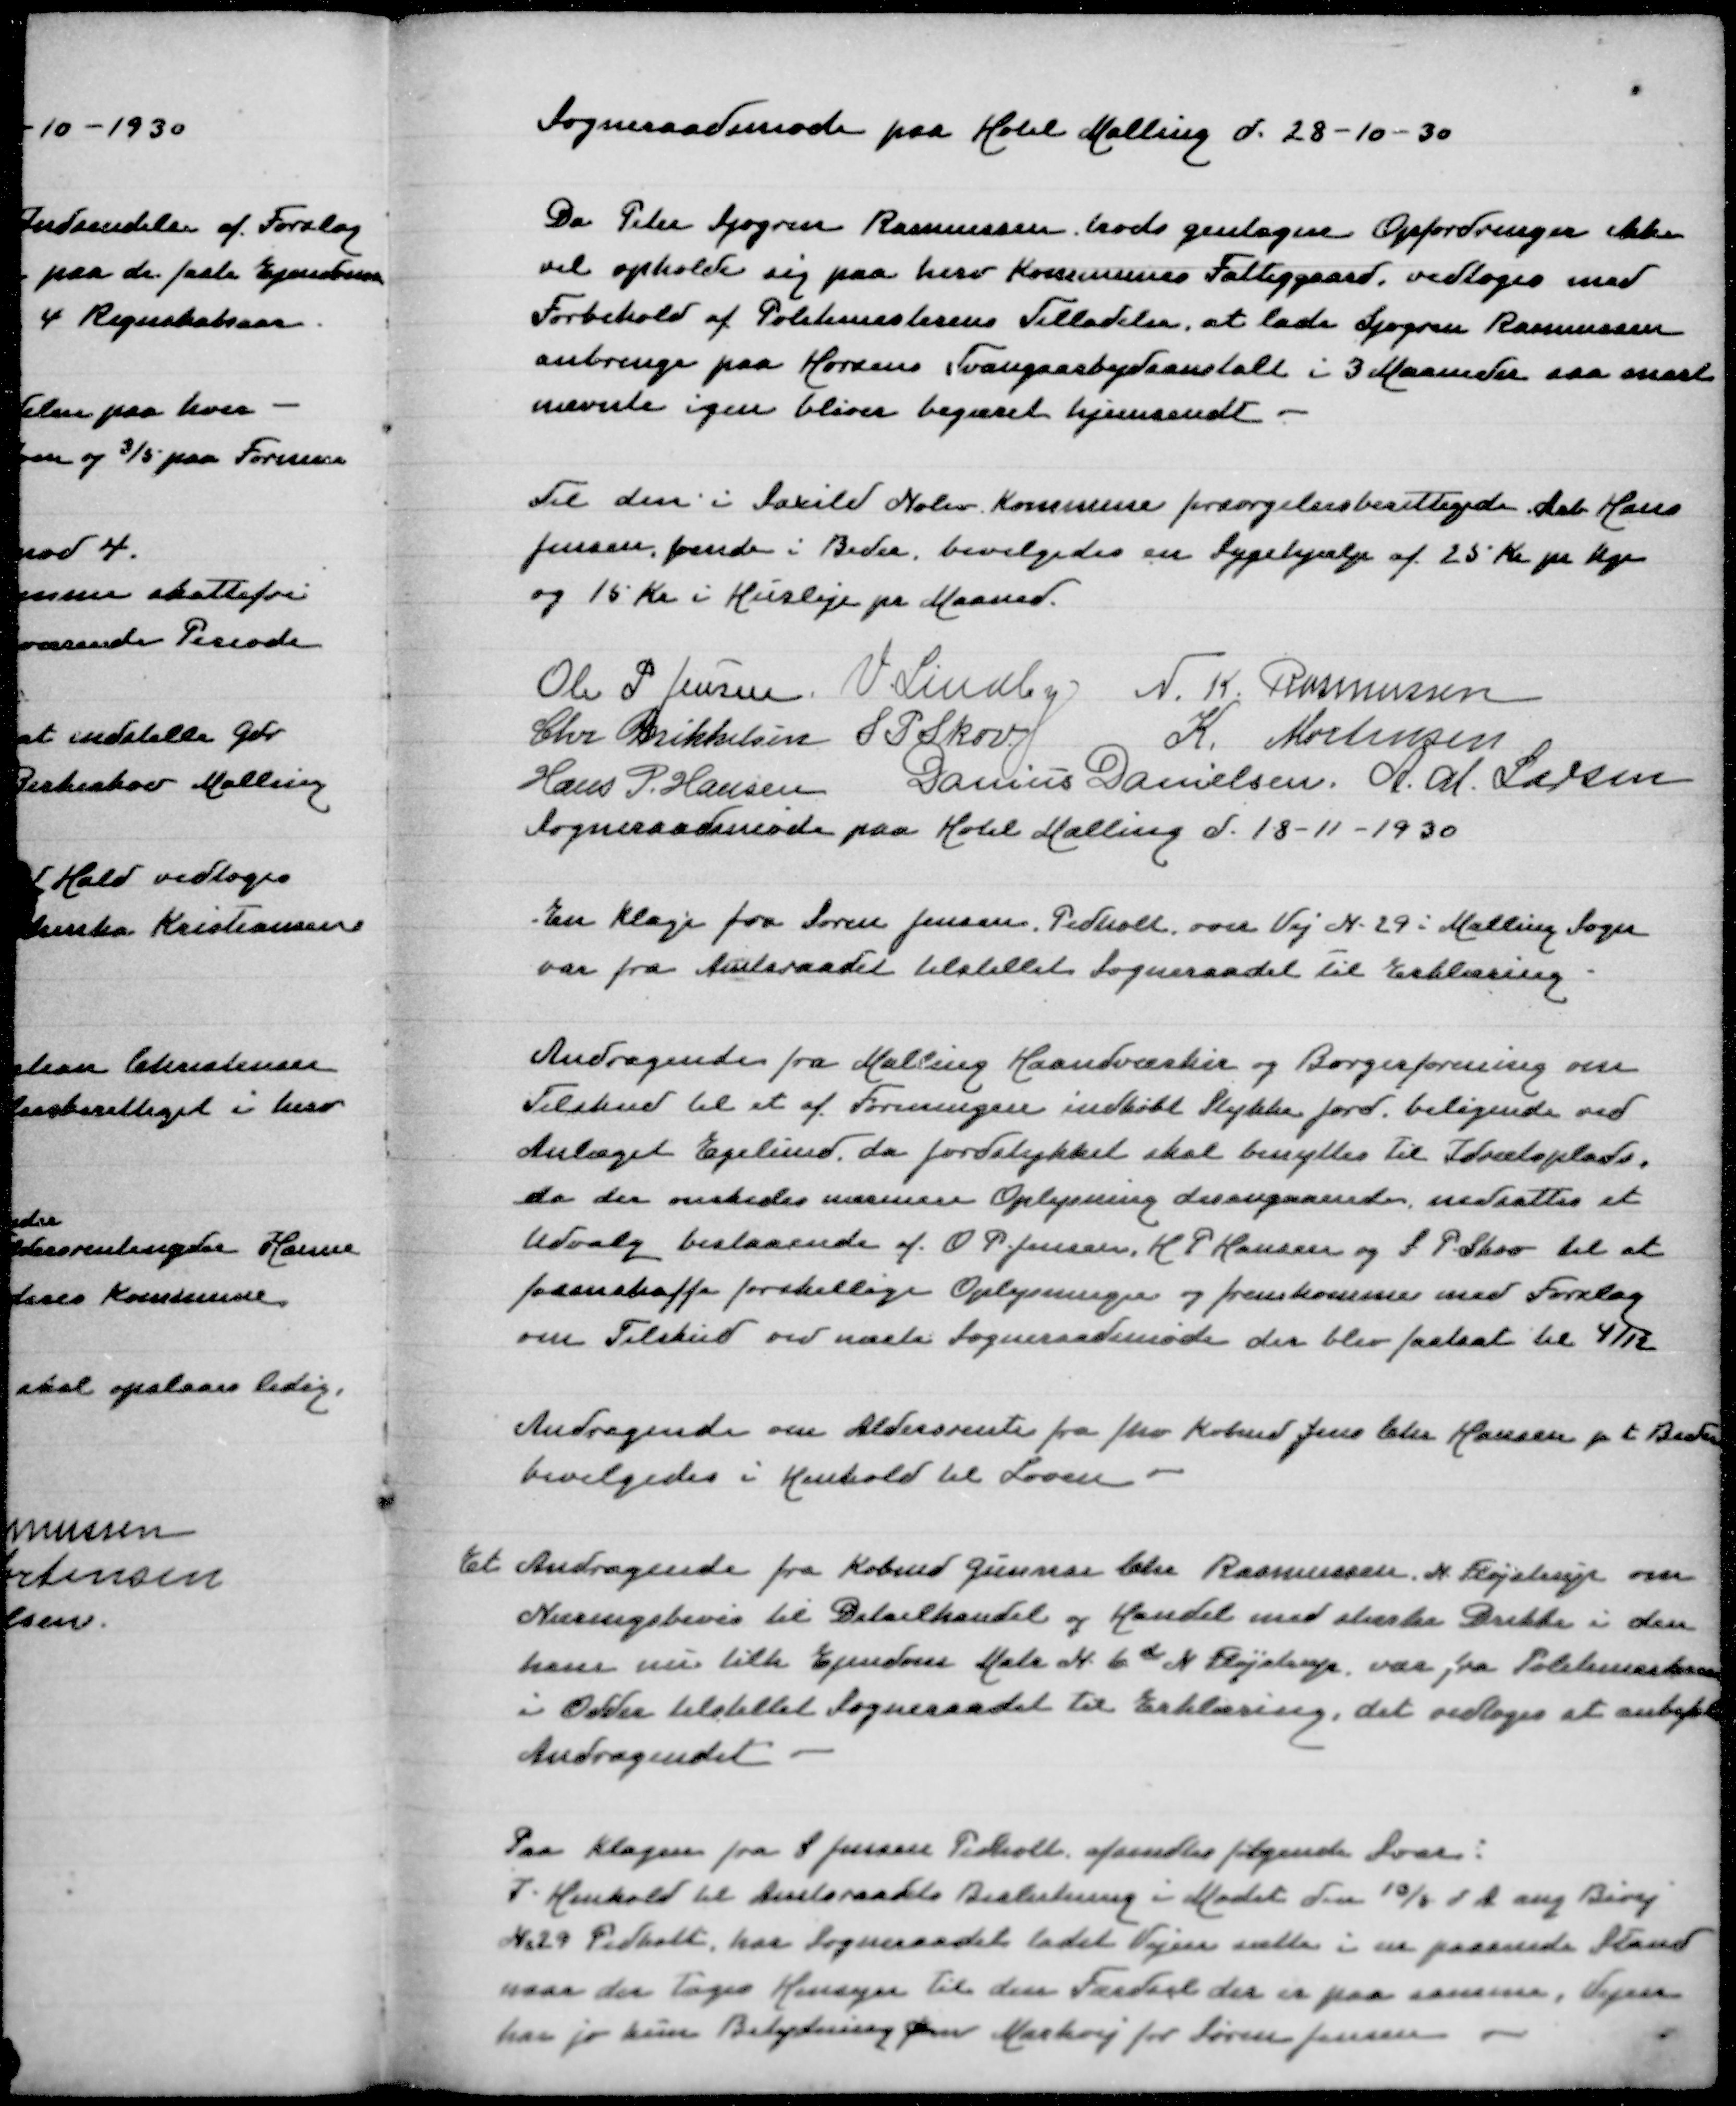
Transskription:
Sogneraadsmøde paa Hotel Malling d 28-10-30

Da Peter Sjøgren Rasmussen trods gentagne Opfordringer ikke
vil opholde sig paa herv Kommunes Fattiggaard, vedtoges med
Forbehold af Politimesterens Tilladelse, at lade Sjøgren Rasmussen
anbringe paa Horsens Tvangsarbejdsanstalt i 3 Maaneder saa snart
nævnte igen bliver begæret hjemsendt

Til den i Saxild Nølev Kommune forsørgelsesberettigede Arb Hans
Jensen, boende i Beder, bevilgedes en Sygehjælp af 25 Kr pr Uge
og 15 Kr i Husleje pr Maaned

Ole P Jensen
V Lindby
N K Rasmussen
Chr Mikkelsen
S P Skov
K Mortensen
Hans P Hansen
Danius Danielsen
A M Larsen
Sogneraadsmøde paa Hotel Malling d 18-11-1930

En Klage fra Søren Jensen Pedholt over Vej n 29 i Malling Sogn
var fra Amtsraadet tilstillet Sogneraadet til Erklæring

Andragende fra Malling Haandværker og Borgerforening om
Tilskud til et af Foreningen indkøbt Stykke Jord beligende ved
Anlæget Egelund da Jordstykket skal benyttes til Idrætsplads
da der ønskedes nærmere Oplysning desangaaende nedsattes et
Udvalg bestaaende af O P Jensen og S P Skov til at
fremskaffe forskellige Oplysninger og fremkomme med Forslag
om Tilskud ved næste Sogneraadsmøde der blev fastsat til 4/12

Andragende om Aldersrente fra fhv Købmd Jens Chr Hansen p t Beder
bevilgedes i Henhold til Loven

Et Andragende fra Købmd Gunnar Chr Rasmussen N Fløjstrup om
Næringsbevis til Detailhandel og Handel med stærke Drikke i den
ham nu tilh Ejendom Matr N 6d N Fløjstrup, var fra Politimesteren
i Odder tilstillet Sogneraadet til Erklæring, det vedtoges at anbefale
Andragendet

Paa Klagen fra S Jensen Pedholt afsendtes følgende Svar:
I Henhold til Amtsraadets Beslutning i Mødet den 10/5 d A ang Bivej
Nr 29 Pedholt, har Sogneraadet ladet Vejen sætte i en passende Stand
naar der tages Hensyn til den Færdsel der er paa samme, Vejen
har jo kun Betydning som Markvej for Søren Jensen -